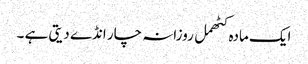
ایک مادہ کٹھمل روزانہ چار انڈے دیتی ہے ۔